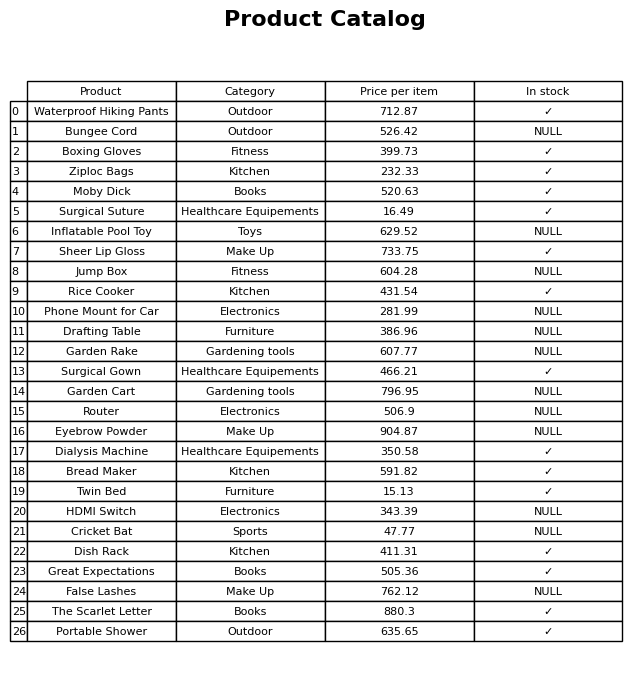
question: What is the price for Surgical Gown?
answer: The price of Surgical Gown is 466.21.